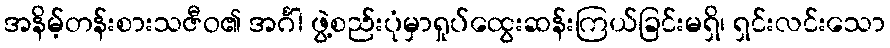
အနိမ့်တန်းစားသဇီဝ၏ အင်္ဂါ ဖွဲ့စည်းပုံမှာရှုပ်ထွေးဆန်းကြယ်ခြင်းမရှိ၊ ရှင်းလင်းသော